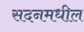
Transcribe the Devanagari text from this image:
सदनमधील